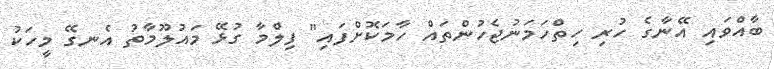
ބާއްވައި އޭނާގެ ހުރި ހިތްހަމަނުޖެހުންތައް ހާމަކޮށްފައި" ފިލްމާ ގުޅޭ މައުލޫމާތު އެނގޭ މީހަކު